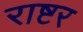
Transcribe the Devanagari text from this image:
राष्टर